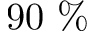
9 0 \ \%